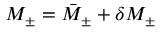
M _ { \pm } = \bar { M } _ { \pm } + \delta M _ { \pm }